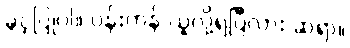
ခွင့်ပြုပါ။ ပန်းကန် ယူလို့ရပြီလား ဆရာ။